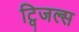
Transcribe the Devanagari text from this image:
ट्विजल्स